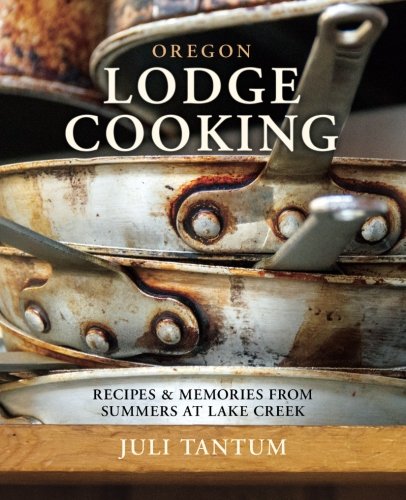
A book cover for Oregon Lodge Cooking: Recipes & Memories from Summers at Lake Creek; Juli Tantum; Cookbooks, Food & Wine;